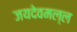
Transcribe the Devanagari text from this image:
जयदेवमल्ल